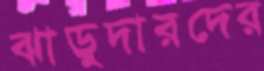
ঝাড়ুদারদের